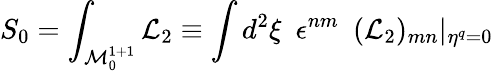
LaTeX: S_{0}=\int_{{\cal M}_{0}^{1+1}}{\cal L}_{2}\equiv\int d^{2}\xi~~\epsilon^{nm}~~({\cal L}_{2})_{mn}\vert_{\eta^{q}=0}